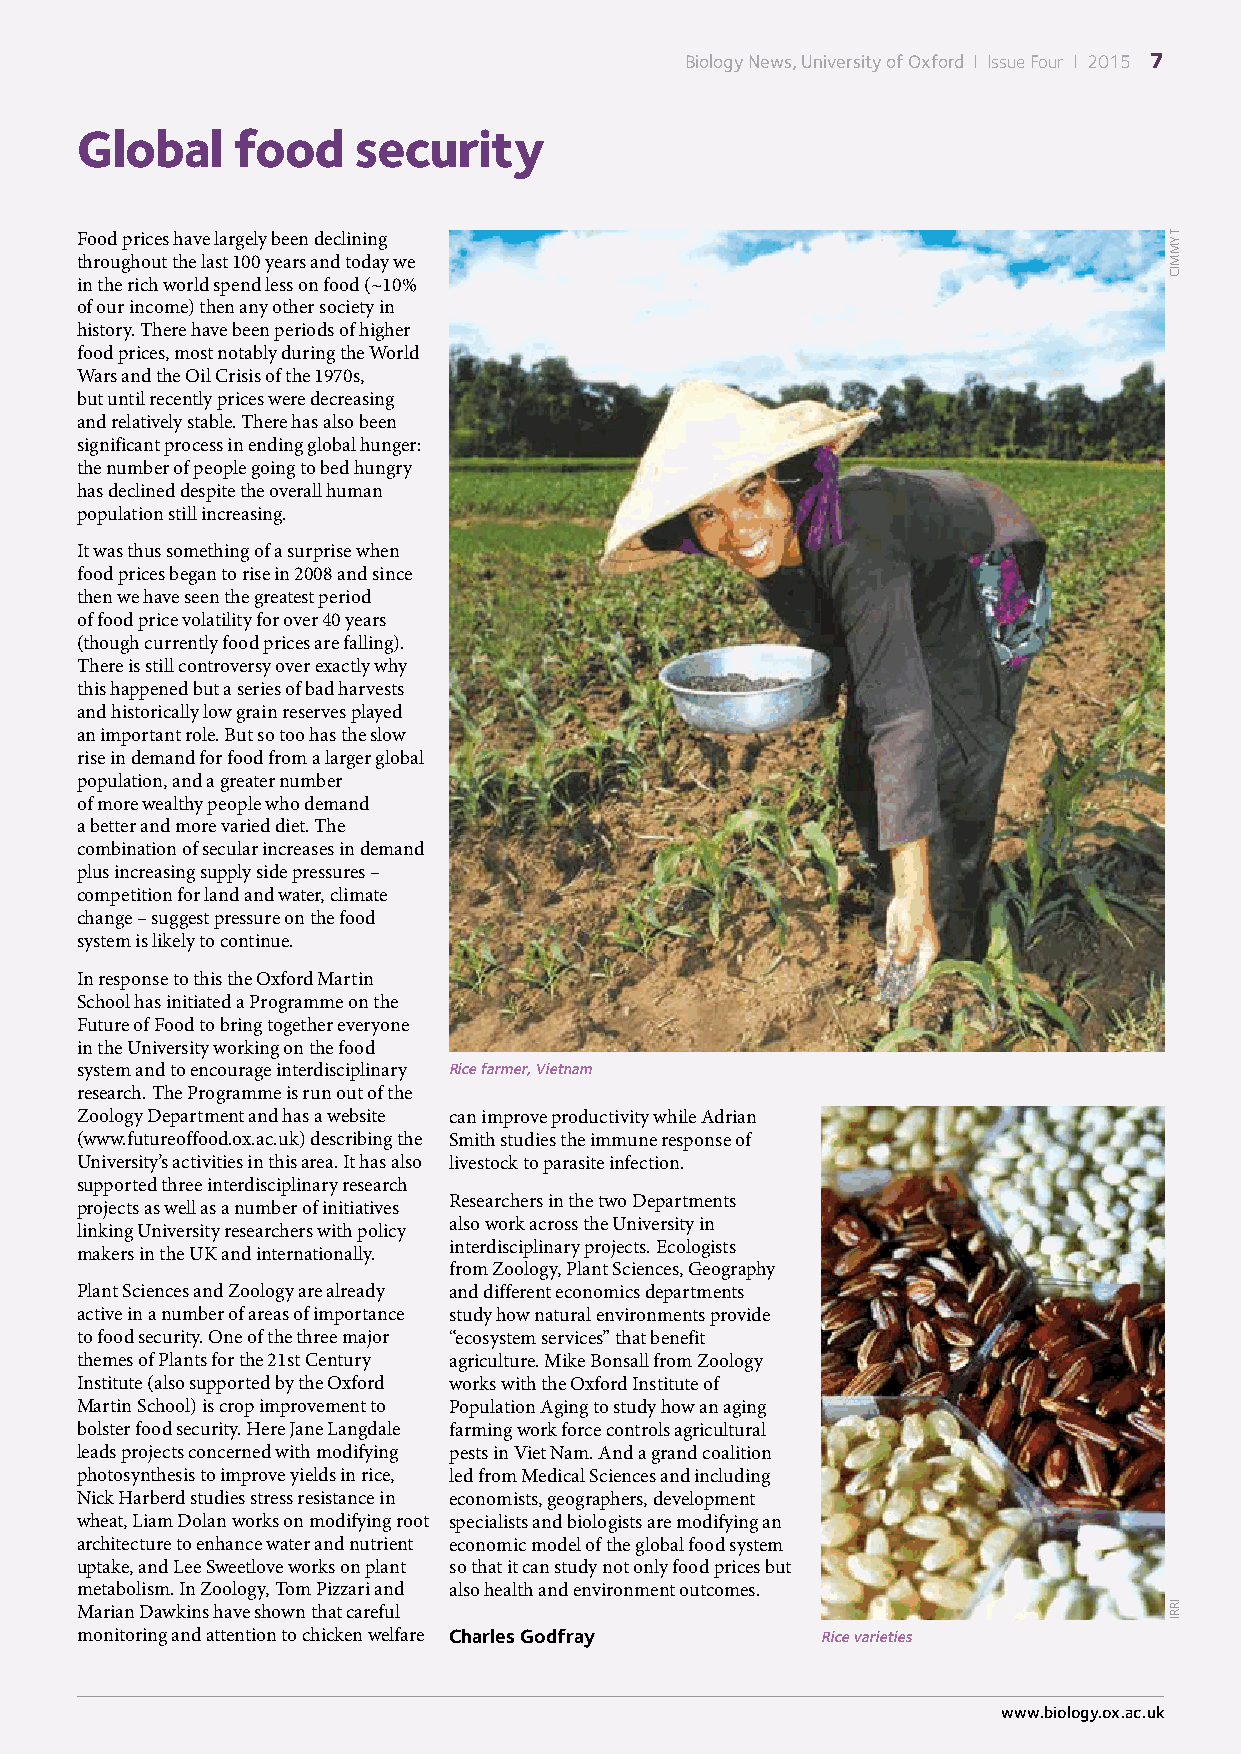
Biology News, University of Oxford I Issue Four I 2015 7
 Global    food    security
 Food prices have largely been declining
 throughout the last 100 years and today we
 in the rich world spend less on food (~10%
 of our income) then any other society in
 history. There have been periods of higher
 food prices, most notably during the World
 Wars and the Oil Crisis of the 1970s,
 but until recently prices were decreasing
 and relatively stable. There has also been
 significant process in ending global hunger:
 the number of people going to bed hungry
 has declined despite the overall human
 population still increasing.
 It was thus something of a surprise when
 food prices began to rise in 2008 and since
 then we have seen the greatest period
 of food price volatility for over 40 years
 (though currently food prices are falling).
 There is still controversy over exactly why
 this happened but a series of bad harvests
 and historically low grain reserves played
 an important role. But so too has the slow
 rise in demand for food from a larger global
 population, and a greater number
 of more wealthy people who demand
 a better and more varied diet. The
 combination of secular increases in demand
 plus increasing supply side pressures –
 competition for land and water, climate
 change – suggest pressure on the food
 system is likely to continue.
 In response to this the Oxford Martin
 School has initiated a Programme on the
 Future of Food to bring together everyone
 in the University working on the food
 system and to encourage interdisciplinary Rice farmer, Vietnam
 research. The Programme is run out of the
 Zoology Department and has a website can improve productivity while Adrian
 (www.futureoffood.ox.ac.uk) describing the Smith studies the immune response of
 University’s activities in this area. It has also livestock to parasite infection.
 supported three interdisciplinary research
 Researchers in the two Departments
 projects as well as a number of initiatives
 also work across the University in
 linking University researchers with policy
 interdisciplinary projects. Ecologists
 makers in the UK and internationally.
 from Zoology, Plant Sciences, Geography
 Plant Sciences and Zoology are already and different economics departments
 active in a number of areas of importance study how natural environments provide
 to food security. One of the three major “ecosystem services” that benefit
 themes of Plants for the 21st Century agriculture. Mike Bonsall from Zoology
 Institute (also supported by the Oxford works with the Oxford Institute of
 Martin School) is crop improvement to Population Aging to study how an aging
 bolster food security. Here Jane Langdale farming work force controls agricultural
 leads projects concerned with modifying pests in Viet Nam. And a grand coalition
 photosynthesis to improve yields in rice, led from Medical Sciences and including
 Nick Harberd studies stress resistance in economists, geographers, development
 wheat, Liam Dolan works on modifying root specialists and biologists are modifying an
 architecture to enhance water and nutrient economic model of the global food system
 uptake, and Lee Sweetlove works on plant so that it can study not only food prices but
 metabolism. In Zoology, Tom Pizzari and also health and environment outcomes.
 Marian Dawkins have shown that careful
 monitoring and attention to chicken welfare Charles Godfray Rice varieties
 www.biology.ox.ac.uk
 TYMMIC
 IRRI